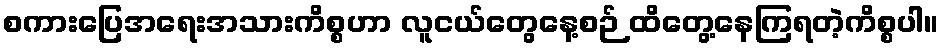
စကားပြေအရေးအသားကိစ္စဟာ လူငယ်တွေနေ့စဉ် ထိတွေ့နေကြရတဲ့ကိစ္စပါ။